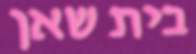
בית שאן